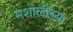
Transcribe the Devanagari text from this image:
मशालींच्या